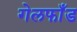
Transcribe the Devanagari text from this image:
गेलफाँड